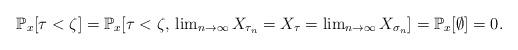
LaTeX: \begin{align*}\mathbb{P}_{x}[\tau<\zeta]=\mathbb{P}_{x}[\tau<\zeta,\,\lim\nolimits_{n\to\infty}X_{\tau_{n}}=X_{\tau}=\lim\nolimits_{n\to\infty}X_{\sigma_{n}}]=\mathbb{P}_{x}[\emptyset]=0.\end{align*}